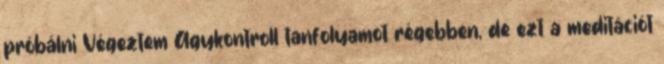
próbálni Végeztem Agykontroll tanfolyamot régebben, de ezt a meditációt